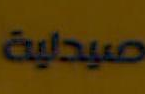
صيدلية